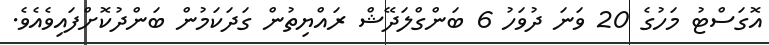
އޮގަސްޓު މަހުގެ 20 ވަނަ ދުވަހު 6 ބަންގްލަދޭޝް ރައްޔިތުން ގަދަކަމުން ބަންދުކޮށްފައިވެއެވެ.